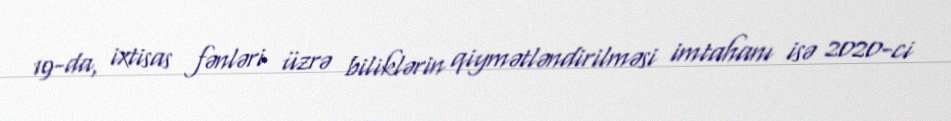
19-da, ixtisas fənləri üzrə biliklərin qiymətləndirilməsi imtahanı isə 2020-ci